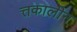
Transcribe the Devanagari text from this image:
त्तकालीन